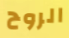
الروح